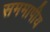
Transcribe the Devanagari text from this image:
सममापीय